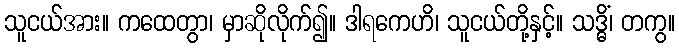
သူငယ်အား။ ကထေတွာ၊ မှာဆိုလိုက်၍။ ဒါရကေဟိ၊ သူငယ်တို့နှင့်။ သဒ္ဓိံ၊ တကွ။